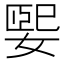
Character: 媐